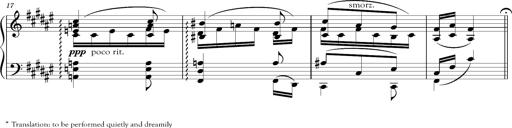
Title: Schlummerlied mit Arabesken
Composer: Franz Liszt
Key: F-sharp major